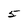
Character: 5